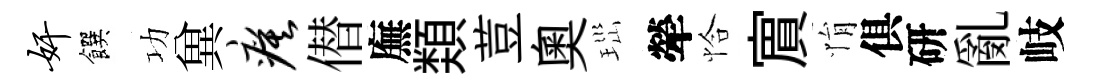
奸饌功兾瘼僣廡𩔖荳奧𤤼犖恰賔悁俱研亂岐